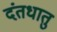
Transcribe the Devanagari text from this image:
दंतधातु